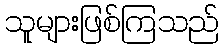
သူများဖြစ်ကြသည်